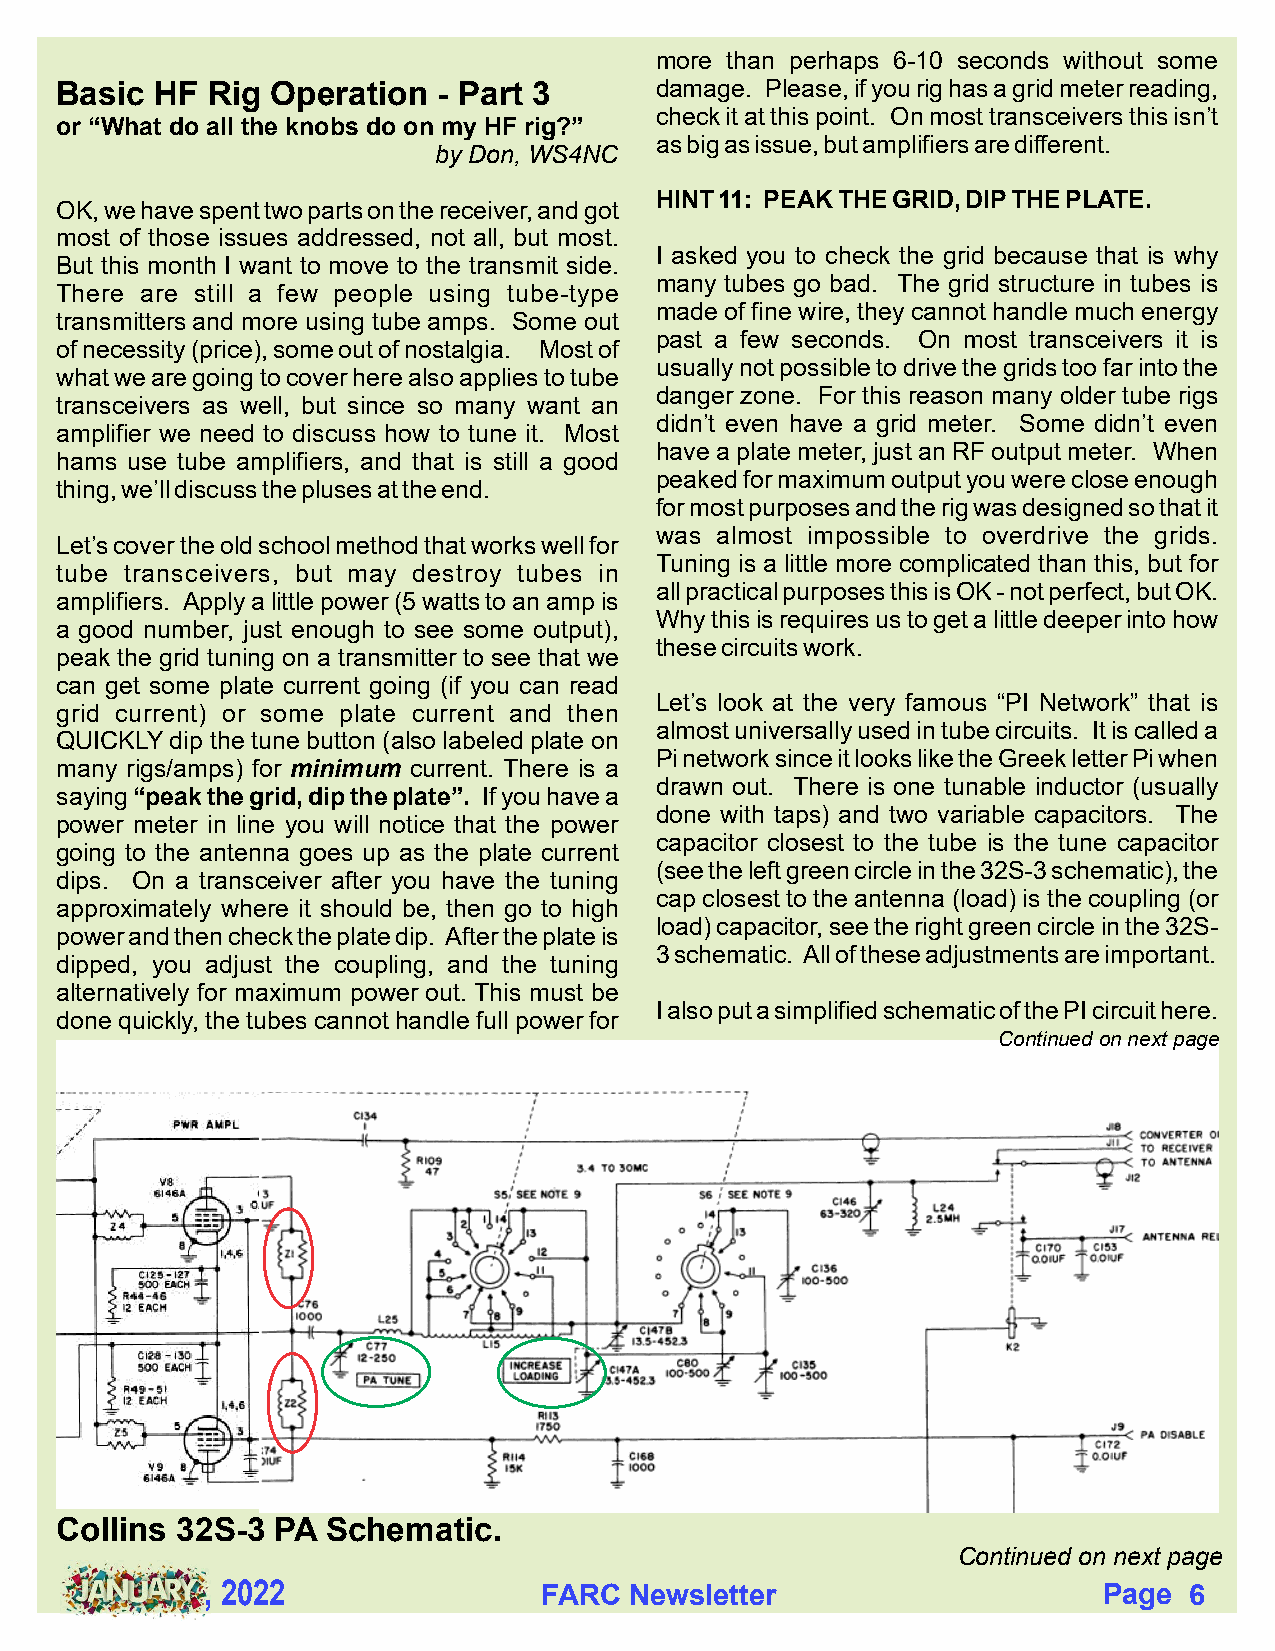
more than perhaps 6-10 seconds without some
 Basic HF  Rig Operation  - Part 3      damage. Please, if you rig has a grid meter reading,
 check it at this point. On most transceivers this isn’t
 or “What do all the knobs do on my HF rig?”
 as big as issue, but amplifiers are different.
 by Don, WS4NC
 HINT 11: PEAK THE GRID, DIP THE PLATE.
 OK, we have spent two parts on the receiver, and got
 most of those issues addressed, not all, but most.
 I asked you to check the grid because that is why
 But this month I want to move to the transmit side.
 many tubes go bad. The grid structure in tubes is
 There are still a few people using tube-type
 made of fine wire, they cannot handle much energy
 transmitters and more using tube amps. Some out
 past a few seconds. On most transceivers it is
 of necessity (price), some out of nostalgia. Most of
 usually not possible to drive the grids too far into the
 what we are going to cover here also applies to tube
 danger zone. For this reason many older tube rigs
 transceivers as well, but since so many want an
 didn’t even have a grid meter. Some didn’t even
 amplifier we need to discuss how to tune it. Most
 have a plate meter, just an RF output meter. When
 hams use tube amplifiers, and that is still a good
 peaked for maximum output you were close enough
 thing, we’ll discuss the pluses at the end.
 for most purposes and the rig was designed so that it
 was almost impossible to overdrive the grids.
 Let’s cover the old school method that works well for
 Tuning is a little more complicated than this, but for
 tube transceivers, but may destroy tubes in
 all practical purposes this is OK - not perfect, but OK.
 amplifiers. Apply a little power (5 watts to an amp is
 Why this is requires us to get a little deeper into how
 a good number, just enough to see some output),
 these circuits work.
 peak the grid tuning on a transmitter to see that we
 can get some plate current going (if you can read
 Let’s look at the very famous “PI Network” that is
 grid current) or some plate current and then
 almost universally used in tube circuits. It is called a
 QUICKLY dip the tune button (also labeled plate on
 Pi network since it looks like the Greek letter Pi when
 many rigs/amps) for minimum current. There is a
 drawn out. There is one tunable inductor (usually
 saying “peak the grid, dip the plate”. If you have a
 done with taps) and two variable capacitors. The
 power meter in line you will notice that the power
 capacitor closest to the tube is the tune capacitor
 going to the antenna goes up as the plate current
 (see the left green circle in the 32S-3 schematic), the
 dips. On a transceiver after you have the tuning
 cap closest to the antenna (load) is the coupling (or
 approximately where it should be, then go to high
 load) capacitor, see the right green circle in the 32S-
 power and then check the plate dip. After the plate is
 3 schematic. All of these adjustments are important.
 dipped, you adjust the coupling, and the tuning
 alternatively for maximum power out. This must be
 I also put a simplified schematic of the PI circuit here.
 done quickly, the tubes cannot handle full power for
 Continued on next page
 Collins 32S-3 PA  Schematic.
 Continued on next page
 , 2022                FARC  Newsletter                     Page  6